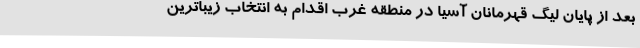
بعد از پایان لیگ قهرمانان آسیا در منطقه غرب اقدام به انتخاب زیباترین